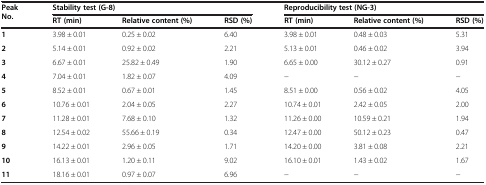
| Peak No. | <COLSPAN=3> Stability test (G-8) | <COLSPAN=3> Reproducibility test (NG-3) |
 |  | RT (min) | Relative content (%) | RSD (%) | RT (min) | Relative content (%) | RSD (%) |
 | --- | --- | --- | --- | --- | --- | --- |
 | 1 | 3.98 ± 0.01 | 0.25 ± 0.02 | 6.40 | 3.98 ± 0.01 | 0.48 ± 0.03 | 5.31 |
 | 2 | 5.14 ± 0.01 | 0.92 ± 0.02 | 2.21 | 5.13 ± 0.01 | 0.46 ± 0.02 | 3.94 |
 | 3 | 6.67 ± 0.01 | 25.82 ± 0.49 | 1.90 | 6.65 ± 0.00 | 30.12 ± 0.27 | 0.91 |
 | 4 | 7.04 ± 0.01 | 1.82 ± 0.07 | 4.09 | − | − | − |
 | 5 | 8.52 ± 0.01 | 0.67 ± 0.01 | 1.45 | 8.51 ± 0.00 | 0.56 ± 0.02 | 4.05 |
 | 6 | 10.76 ± 0.01 | 2.04 ± 0.05 | 2.27 | 10.74 ± 0.01 | 2.42 ± 0.05 | 2.00 |
 | 7 | 11.28 ± 0.01 | 7.68 ± 0.10 | 1.32 | 11.26 ± 0.00 | 10.59 ± 0.21 | 1.94 |
 | 8 | 12.54 ± 0.02 | 55.66 ± 0.19 | 0.34 | 12.47 ± 0.00 | 50.12 ± 0.23 | 0.47 |
 | 9 | 14.22 ± 0.01 | 2.96 ± 0.05 | 1.71 | 14.20 ± 0.00 | 3.81 ± 0.08 | 2.21 |
 | 10 | 16.13 ± 0.01 | 1.20 ± 0.11 | 9.02 | 16.10 ± 0.01 | 1.43 ± 0.02 | 1.67 |
 | 11 | 18.16 ± 0.01 | 0.97 ± 0.07 | 6.96 | − | − | − |